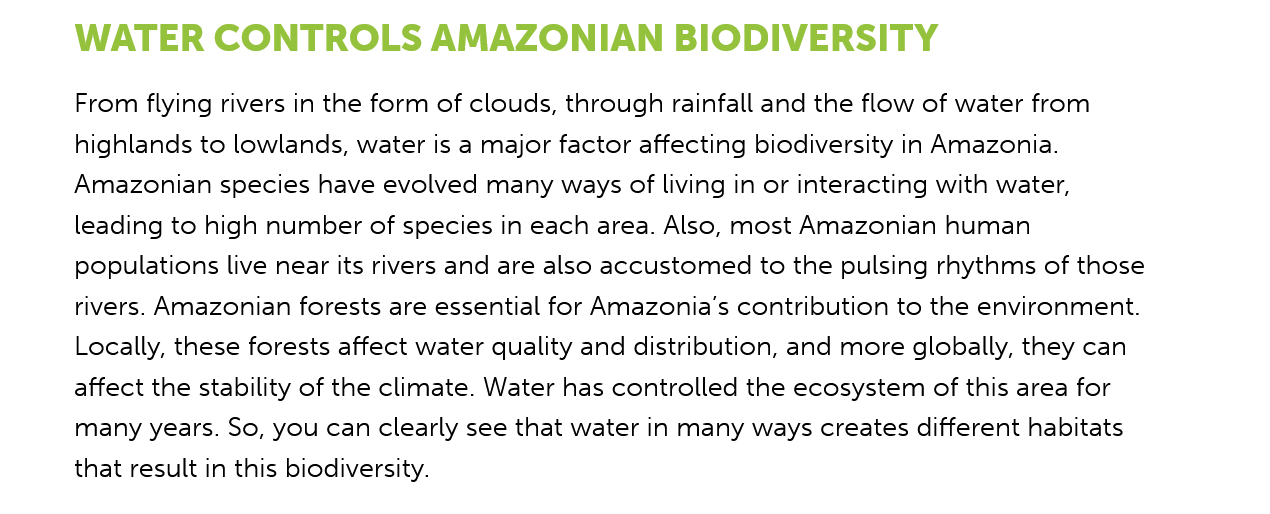
WATER    CONTROLS    AMAZONIAN    BIODIVERSITY
     From flying rivers in the form of clouds, through rainfall and the flow of water from
     highlands to lowlands, water is a major factor affecting biodiversity in Amazonia.
     Amazonian  species have evolved many ways of living in or interacting with water,
     leading to high number of species in each area. Also, most Amazonian human
     populations live near its rivers and are also accustomed to the pulsing rhythms of those
     rivers. Amazonian forests are essential for Amazonia’s contribution to the environment.
     Locally, these forests affect water quality and distribution, and more globally, they can
     affect the stability of the climate. Water has controlled the ecosystem of this area for
     many years. So, you can clearly see that water in many ways creates different habitats
     that result in this biodiversity.